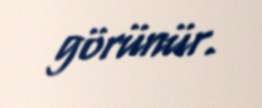
görünür.